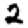
Digit: 2